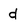
Character: d